Report on vaccination in Madras 1904-1921 - 1904-1921
Year: 1904
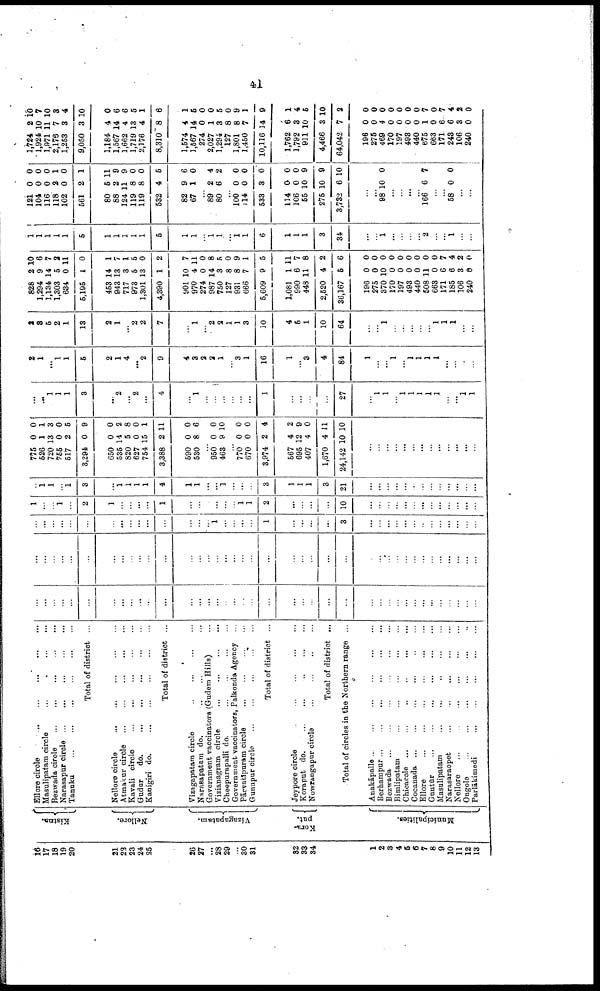
41
16
17
18
19
20
21
23
23
24
25
26
27
...
28
29
...
30
31
32
33
34
1
2
3
4
5
6
7
8
9
10
11
12
13
Kistna.
Nellore.
Vizagapatam.
Kora¬
put.
Municipalities.
Ellore circle
...
...
...
...
...
Masulipatam circle
... ... ... ... ...
Rezwada circle
...
...
...
...
...
Narasapur circle
...
...
...
...
...
Tanuku
...
...
...
...
...
...
Total of district ...
Nellore circle
...
...
...
...
...
Atmakur circle
...
...
...
...
...
Kavali circle
...
...
...
...
...
Gudur
do.
...
...
...
...
...
Kanigiri do. ... ... ... ... ...
Total of district ...
Vizagapatam circle
...
...
...
...
Narasapatam do. ... ... ... ...
Government vaccinators (Gudem Hills) ...
Vizianagram circle
...
...
...
...
Cheepurapalli do. ... ... ... ...
Government vaccinators, Palkonda Agency ...
Pārvatīpuram circle
...
...
...
...
Gunupur circle ... ... ... ... ...
Total of district ...
Jeypore circle
...
...
...
...
...
Koraput do.
...
...
...
...
...
Nowrangapur circle ... ... ... ...
Total of district ...
Total of circles in the Northern range ...
Anakāpalle ... ... ... ... ... ...
Berhampur
...
...
...
...
...
...
Bezwada
...
...
...
...
...
...
Bimlipatam
...
...
...
...
...
Chicacole
...
...
...
...
...
...
Cocanada
...
...
...
...
...
...
Ellore
...
...
...
...
...
...
Guntūr
...
...
...
...
...
...
Masulipatam
...
...
...
...
...
Narasaraopet
...
...
...
...
...
Nellore
...
...
...
...
...
...
Ongole
... ... ... ... ... ...
Parlākimedi
...
...
...
...
...
...
...
...
...
...
...
...
...
...
...
...
...
...
...
...
...
...
...
...
...
...
...
...
...
...
...
...
...
...
...
...
...
...
...
...
...
...
...
...
...
...
...
...
...
...
...
...
...
...
...
...
...
...
...
...
...
...
...
...
...
...
...
...
...
...
...
...
...
...
...
...
...
...
...
...
...
...
...
...
...
...
...
...
...
...
...
...
...
...
...
...
...
...
1
...
...
...
...
1
...
...
...
...
3
...
...
...
...
...
...
...
...
...
...
...
...
...
1
...
...
1
...
2
1
...
...
...
...
1
...
...
...
...
...
...
1
1
2
...
...
...
...
10
...
...
...
...
...
...
...
...
...
...
...
...
...
...
1 1
...
1
3
...
1 1
1
1
4
1
1
...
...
1
...
...
...
3
1
1
1
3
21
...
...
...
...
...
...
...
...
...
...
...
...
...
775
526
720
755
517
3,294
650
535
820
627
754
3,388
590
530
0
1
13
0
2
0
0
14
5
0
15
2
0
8
0
1
3
0
5
9
0
2
8
0
1
11
0
6
...
950
463
0
9
0
10
...
770
670
3,974
567
695
407
1,670
24,142
0
0
2
4
12
4
4
10
0
0
4
2
9
0
11
10
...
...
...
...
...
...
...
...
...
...
...
...
...
...
...
1
1
1
3
...
2
...
2
...
4
...
1
...
...
...
...
...
...
1
...
...
...
...
27
...
1
1
...
1
1
1
1
1
...
...
1
1
2
1
...
1
1
5
2
1
4
...
2
9
4
3
2
2
1
...
3
1
16
1
...
3
4
84
1
...
...
1
...
1
1
1
1
...
...
...
...
2
3
5
2
1
13
2
1
...
2
2
7
...
1
...
2
2
1
1
3
10
4
5
1
10
64
...
...
1
...
...
...
...
...
1
1
1
...
...
828
1,294
1,134
1,303
634
5,195
453
943
717
973
1,301
4,390
901
970
274
987
750
127
931
666
5,609
1,081
990
448
2,520
36,167
196
275
370
170
197
493
440
508
663
171
185
106
240
2
9
14
5
0
1
14
13
3
5
13
1
10
4
0
14
3
8
8
7
9
1
6
11
4
5
0
0
10
0
0
0
0
11
0
6
6
3
0
10
6
7
2
11
0
1
7
1
5
0
2
7
11
0
8
5
0
9
1
5
11
7
8
2
6
0
0
0
0
0
0
0
0
0
7
4
2
0
1
1
1
1
1
5
1
1
1
1
1
5
1
1
...
1
1
...
1
1
6
1
1
1
3
34
...
...
1
...
...
...
...
2
...
...
1
...
...
121
104
116
118
102
561
80
88
124
119
119
532
82
67
0
0
0
2
0
2
5
2
11
8
8
4
9
1
0
0
0
1
0
1
11
9
9
0
0
5
6
0
...
89
80
2
6
4
2
...
100
114
533
114
106
55
275
3,732
0
0
3
0
0
10
10
6
0
0
0
0
0
9
9
10
...
...
98 10 0
...
...
...
...
166 6 7
...
...
58 0 0
...
...
1,724
1,924
1,971
2,176
1,253
9,050
1,184
1,567
1,662
1,719
2,176
8,310
1,574
1,567
274
2,027
1,294
127
1,801
1,450
10,116
1,762
1,792
911
4,466
64,042
196
275
469
170
197
493
440
675
663
171
243
106
240
2
10
11
7
3
3
4
14
4
13
4
8
4
14
0
1
3
8
8
7
14
6
3
10
3
7
0
0
4
0
0
0
0
1
0
6
6
3
0
10
7
10
3
4
10
0
6
6
5
1
6
1
5
0
0
5
0
9
1
9
1
4
5
10
2
0
0
0
0
0
0
0
7
0
7
4
2
0